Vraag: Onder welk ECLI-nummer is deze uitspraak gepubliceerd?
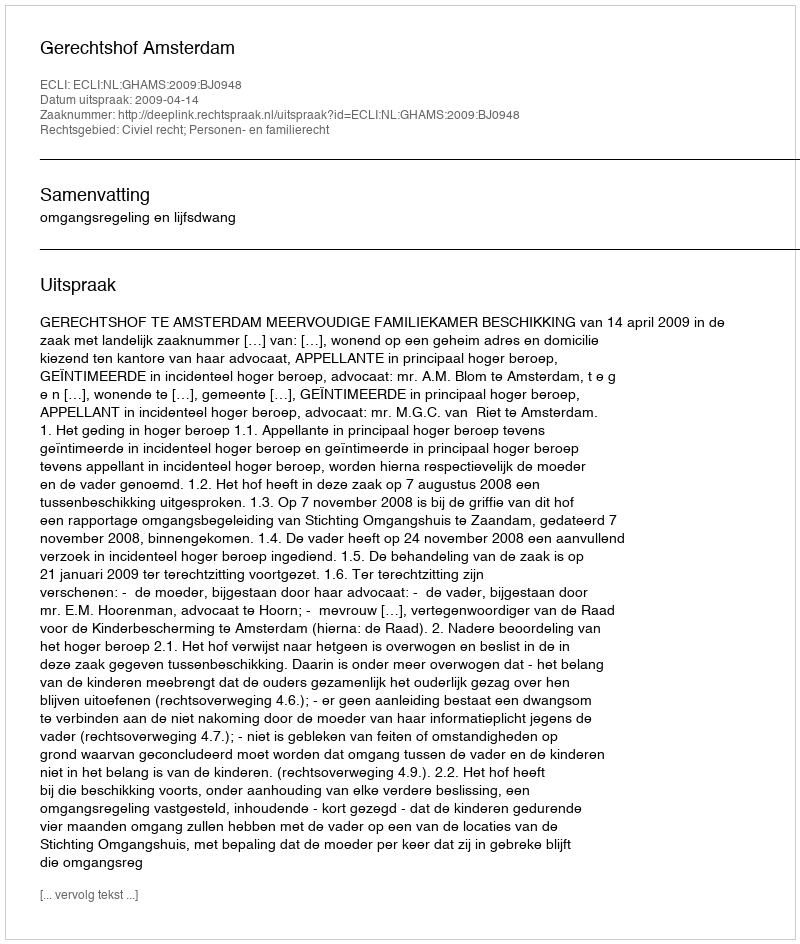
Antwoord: ECLI:NL:GHAMS:2009:BJ0948